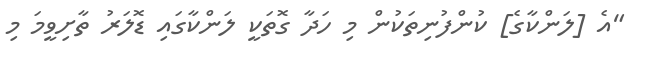
"އެ [ލަންކާގެ] ކުންފުނިތަކުން މި ހަދާ ގޮތަކީ ލަންކާގައި ޑޮލަރު ތާށިވީމަ މި